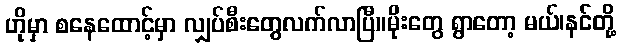
ဟိုမှာ စနေထောင့်မှာ လျှပ်စီးတွေလက်လာပြီ။မိုးတွေ ရွာတော့ မယ်၊နင်တို့